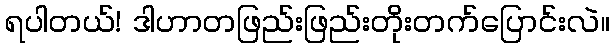
ရပါတယ်! ဒါဟာတဖြည်းဖြည်းတိုးတက်ပြောင်းလဲ။